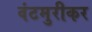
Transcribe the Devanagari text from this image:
वंटमुरीकर